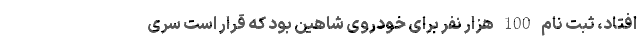
افتاد، ثبت نام 100 هزار نفر برای خودروی شاهین بود که قرار است سری